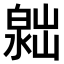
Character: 𣻮